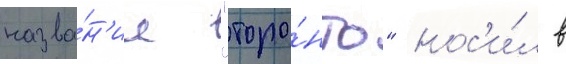
назва́н'ие "торо́нто" нос'и́л в